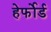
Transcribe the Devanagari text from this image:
हेर्फोर्ड